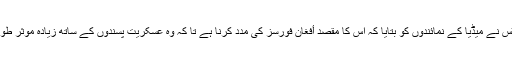
وزیر دفاع میٹس نے میڈیا کے نمائندوں کو بتایا کہ اس کا مقصد أفغان فورسز کی مدد کرنا ہے تا کہ وہ عسکریت پسندوں کے ساتھ زیادہ موثر طور پر لڑ سکیں۔